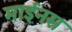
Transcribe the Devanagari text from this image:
माईनस